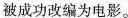
被成功改编为电影。